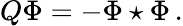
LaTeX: Q\Phi=-\Phi\star\Phi\, .